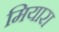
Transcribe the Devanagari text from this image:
मियारा